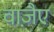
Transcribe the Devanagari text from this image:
वाजै़ए